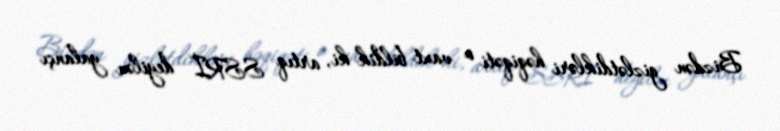
Bizdən gizlətdikləri həqiqəti o vaxt bildik ki, artıq SSRİ deyilən yalançı